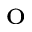
^ \mathrm { o }